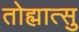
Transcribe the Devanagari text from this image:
तोह्मात्सु